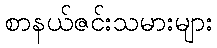
စာနယ်ဇင်းသမားများ